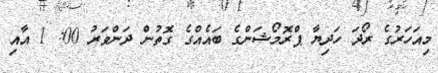
މިއަހަރުގެ ރޯދަ ހަދިޔާ ޕްރޮމޯޝަންގެ ބައެއްގެ ގޮތުން ދަންވަރު 00: 1 އާއި